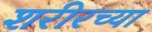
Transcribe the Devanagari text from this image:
शरीरच्या